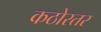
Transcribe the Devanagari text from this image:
कठोरतर